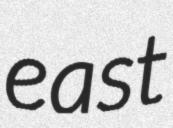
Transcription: east